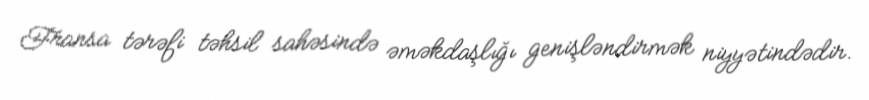
Fransa tərəfi təhsil sahəsində əməkdaşlığı genişləndirmək niyyətindədir.